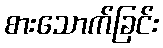
စားသောက်ခြင်း